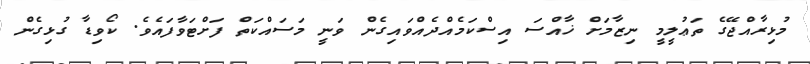
މުޅިރާއްޖޭގެ ތަޢުލީމީ ނިޒާމަށް ޚާއްސަ އިސްކަމެއްދެއްވައިގެން ވަނީ މަސައްކަތް ފަށްޓަވާފައެވެ. ކޯވިޑާ ގުޅިގެން